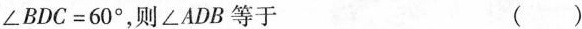
$$∠ B D C = 6 0 °$$，则∠ADB等于 （ ）